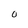
Character: 0